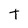
Character: T